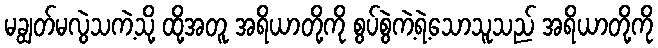
မချွတ်မလွဲသကဲ့သို့ ထို့အတူ အရိယာတို့ကို စွပ်စွဲကဲ့ရဲ့သောသူသည် အရိယာတို့ကို